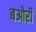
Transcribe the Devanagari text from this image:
बओरी